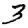
Digit: 3